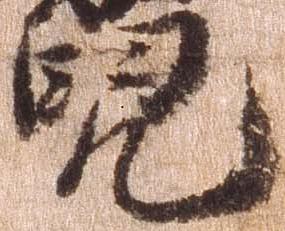
児